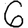
Digit: 6